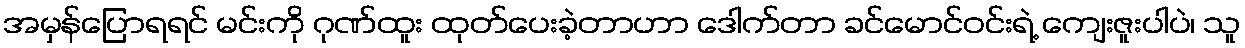
အမှန်ပြောရရင် မင်းကို ဂုဏ်ထူး ထုတ်ပေးခဲ့တာဟာ ဒေါက်တာ ခင်မောင်ဝင်းရဲ့ ကျေးဇူးပါပဲ၊ သူ